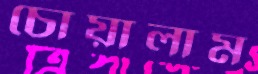
চোয়ালাম